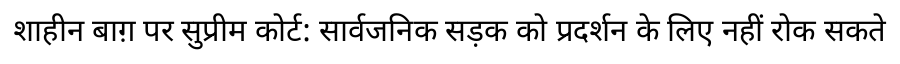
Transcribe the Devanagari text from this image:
शाहीन बाग़ पर सुप्रीम कोर्ट: सार्वजनिक सड़क को प्रदर्शन के लिए नहीं रोक सकते